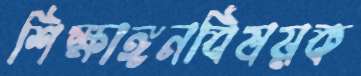
শিক্ষাঙ্গনবিষয়ক